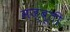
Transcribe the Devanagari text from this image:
मज्बूती